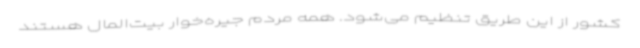
کشور از این طریق تنظیم می‌شود. همه مردم جیره‌خوار بیت‌المال هستند